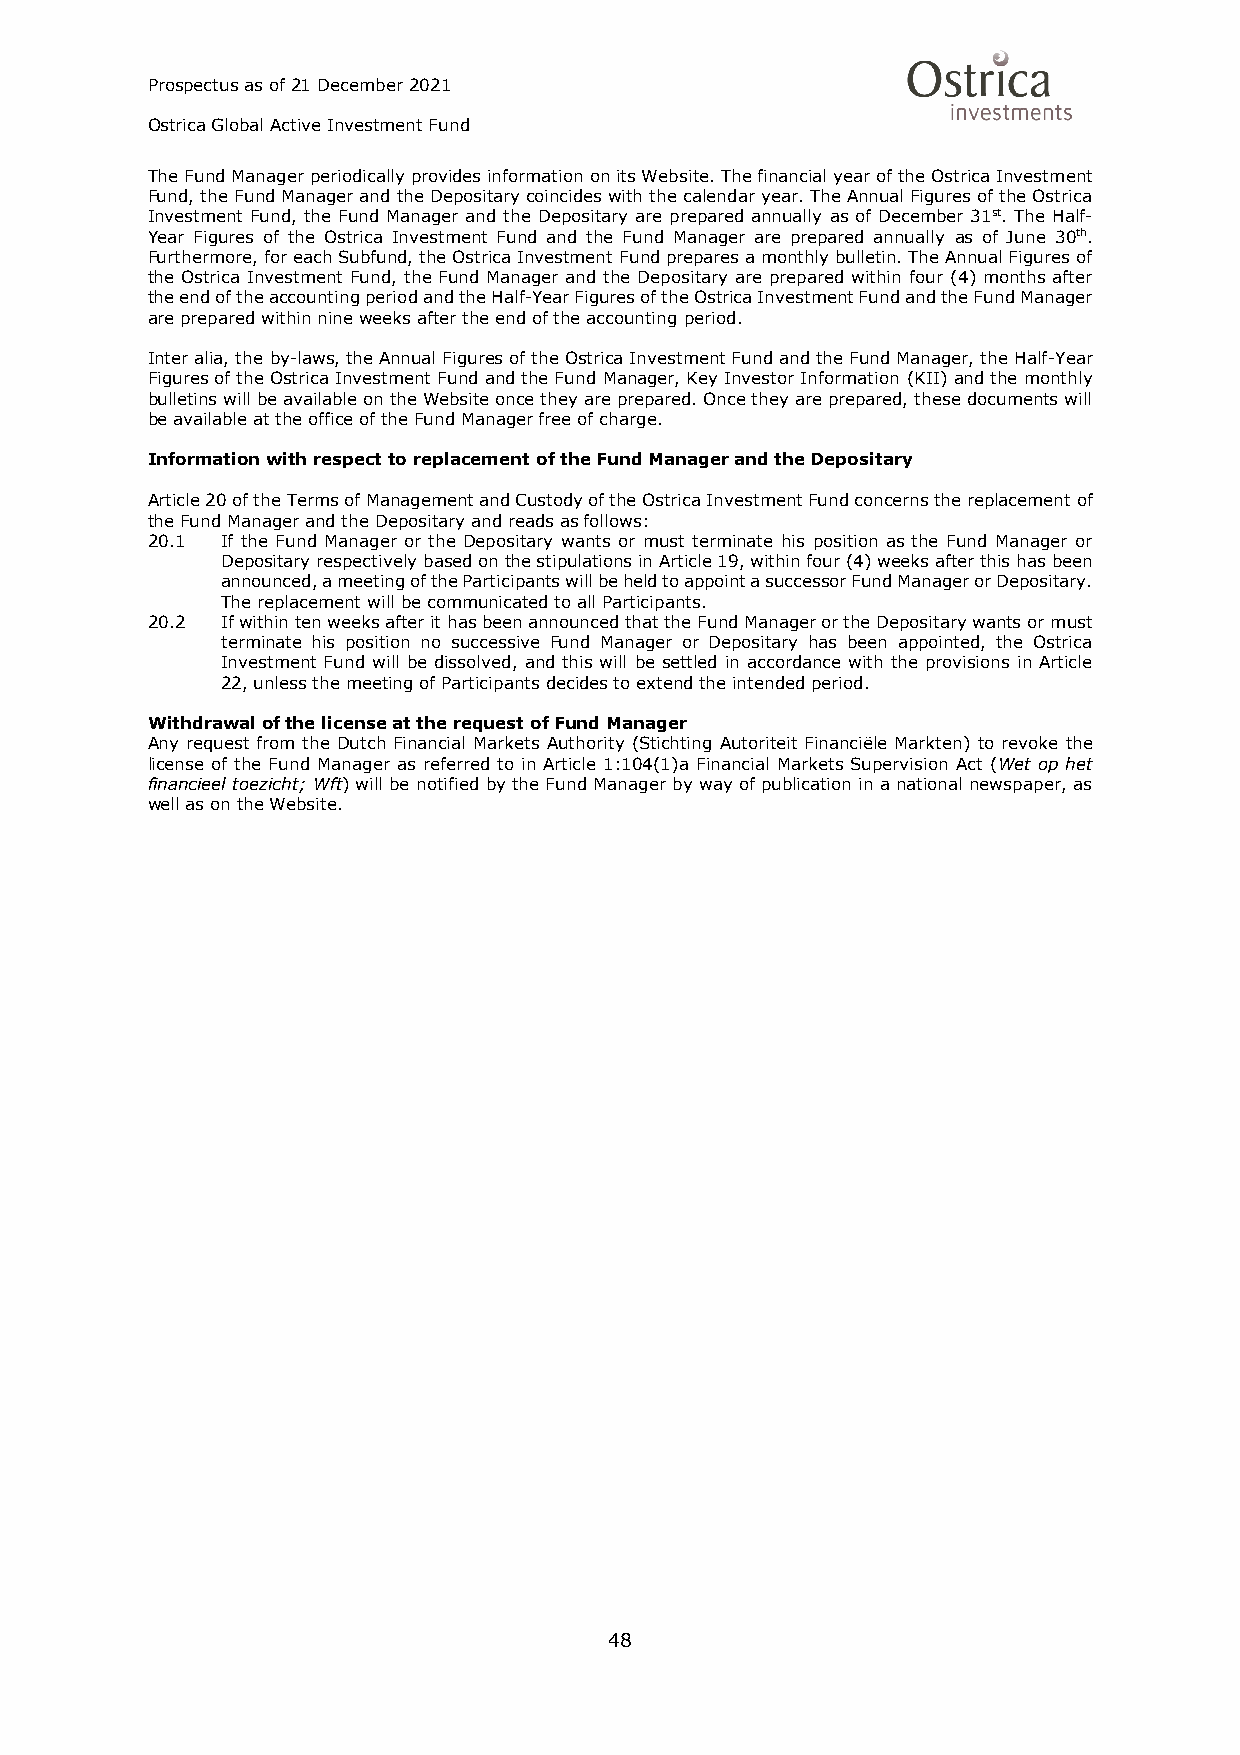
Prospectus as of 21 December 2021
 Ostrica Global Active Investment Fund
 The Fund Manager periodically provides information on its Website. The financial year of the Ostrica Investment
 Fund, the Fund Manager and the Depositary coincides with the calendar year. The Annual Figures of the Ostrica
 Investment Fund, the Fund Manager and the Depositary are prepared annually as of December 31st. The Half-
 Year Figures of the Ostrica Investment Fund and the Fund Manager are prepared annually as of June 30th.
 Furthermore, for each Subfund, the Ostrica Investment Fund prepares a monthly bulletin. The Annual Figures of
 the Ostrica Investment Fund, the Fund Manager and the Depositary are prepared within four (4) months after
 the end of the accounting period and the Half-Year Figures of the Ostrica Investment Fund and the Fund Manager
 are prepared within nine weeks after the end of the accounting period.
 Inter alia, the by-laws, the Annual Figures of the Ostrica Investment Fund and the Fund Manager, the Half-Year
 Figures of the Ostrica Investment Fund and the Fund Manager, Key Investor Information (KII) and the monthly
 bulletins will be available on the Website once they are prepared. Once they are prepared, these documents will
 be available at the office of the Fund Manager free of charge.
 Information with respect to replacement of the Fund Manager and the Depositary
 Article 20 of the Terms of Management and Custody of the Ostrica Investment Fund concerns the replacement of
 the Fund Manager and the Depositary and reads as follows:
 20.1 If the Fund Manager or the Depositary wants or must terminate his position as the Fund Manager or
 Depositary respectively based on the stipulations in Article 19, within four (4) weeks after this has been
 announced, a meeting of the Participants will be held to appoint a successor Fund Manager or Depositary.
 The replacement will be communicated to all Participants.
 20.2 If within ten weeks after it has been announced that the Fund Manager or the Depositary wants or must
 terminate his position no successive Fund Manager or Depositary has been appointed, the Ostrica
 Investment Fund will be dissolved, and this will be settled in accordance with the provisions in Article
 22, unless the meeting of Participants decides to extend the intended period.
 Withdrawal of the license at the request of Fund Manager
 Any request from the Dutch Financial Markets Authority (Stichting Autoriteit Financiële Markten) to revoke the
 license of the Fund Manager as referred to in Article 1:104(1)a Financial Markets Supervision Act (Wet op het
 financieel toezicht; Wft) will be notified by the Fund Manager by way of publication in a national newspaper, as
 well as on the Website.
 48